Indian journal of veterinary science and animal husbandry - Volume 5,
Year: 1935
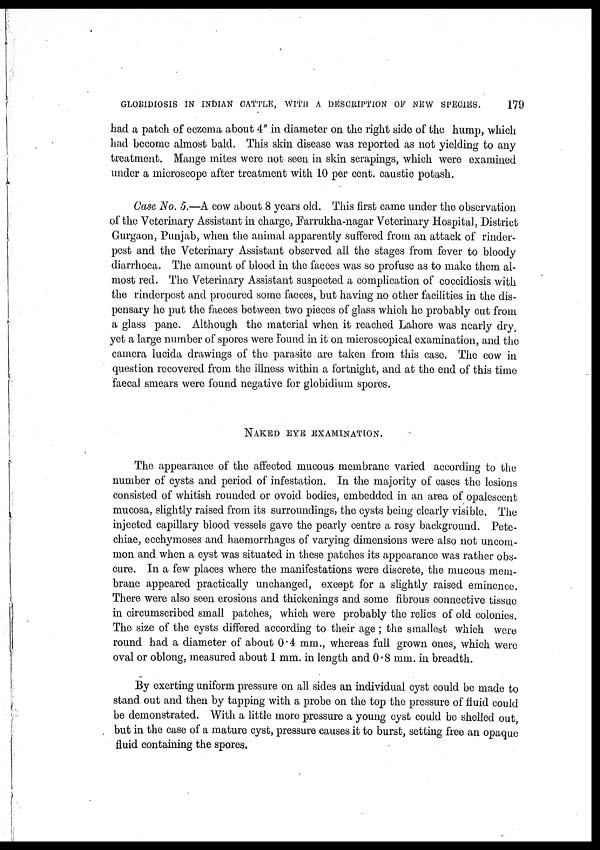
GLOBIDIOSIS IN INDIAN CATTLE, WITH A DESCRIPTION OF NEW SPECIES.
179
had a patch of eczema about 4 in diameter on the right side of the hump, which
had become almost bald. This skin disease was reported as not yielding to any
treatment. Mange mites were not seen in skin scrapings, which were examined
under a microscope after treatment with 10 per cent. caustic potash.
Case No. 5.—A cow about 8 years old. This first came under the observation
of the Veterinary Assistant in charge, Farrukha-nagar Veterinary Hospital, District
Gurgaon, Punjab, when the animal apparently suffered from an attack of rinder-
pest and the Veterinary Assistant observed all the stages from fever to bloody
diarrhoea. The amount of blood in the faeces was so profuse as to make them al-
most red. The Veterinary Assistant suspected a complication of coccidiosis with
the rinderpest and procured some faeces, but having no other facilities in the dis-
pensary he put the faeces between two pieces of glass which he probably cut from
a glass pane. Although the material when it reached Lahore was nearly dry
yet a large number of spores were found in it on microscopical examination, and the
camera lucida drawings of the parasite are taken from this case. The cow in
question recovered from the illness within a fortnight, and at the end of this time
faecal smears were found negative for globidium spores.
NAKED EYE EXAMINATION.
The appearance of the affected mucous membrane varied according to the
number of cysts and period of infestation. In the majority of cases the lesions
consisted of whitish rounded or ovoid bodies, embedded in an area of opalescent
mucosa, slightly raised from its surroundings, the cysts being clearly visible. The
injected capillary blood vessels gave the pearly centre a rosy background. Pete-
chiae, ecchymoses and haemorrhages of varying dimensions were also not uncom-
mon and when a cyst was situated in these patches its appearance was rather obs-
cure. In a few places where the manifestations were discrete, the mucous mem-
brane appeared practically unchanged, except for a slightly raised eminence.
There were also seen erosions and thickenings and some fibrous connective tissue
in circumscribed small patches, which were probably the relics of old colonies.
The size of the cysts differed according to their age ; the smallest which were
round had a diameter of about 0.4 mm., whereas full grown ones, which were
oval or oblong, measured about 1 mm. in length and 0.8 mm. in breadth.
By exerting uniform pressure on all sides an individual cyst could be made to
stand out and then by tapping with a probe on the top the pressure of fluid could
be demonstrated. With a little more pressure a young cyst could be shelled out,
but in the case of a mature cyst, pressure causes it to burst, setting free an opaque
fluid containing the spores.